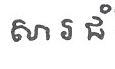
សារ ជំ